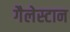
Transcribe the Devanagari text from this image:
गैलेस्टान